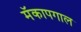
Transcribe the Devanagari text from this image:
मॅकापगाल